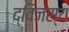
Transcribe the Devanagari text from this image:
द्विजस्य